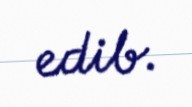
edib.